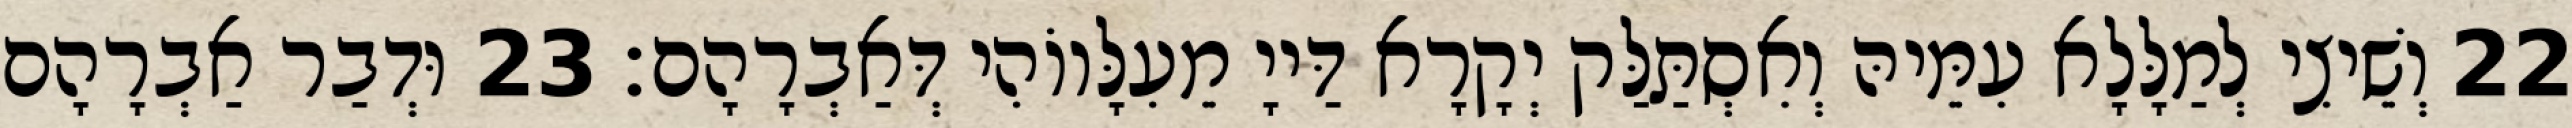
22 וְשֵׁיצִי לְמַלָּלָא עִמֵּיהּ וְאִסְתַּלַּק יְקָרָא דַּייָ מֵעִלָּווֹהִי דְּאַבְרָהָם׃ 23 וּדְבַר אַבְרָהָם